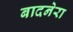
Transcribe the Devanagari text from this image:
बादनेरा